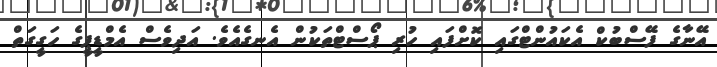
އޭނާގެ ފޭސްބުކް އެކައުންޓްގައި ކޮށްފައި ހުރި ޕޯސްޓްތަކުން އެނގެއެވެ. އަދިވެސް އެމްޑީޕީގެ ހަގީގަތް